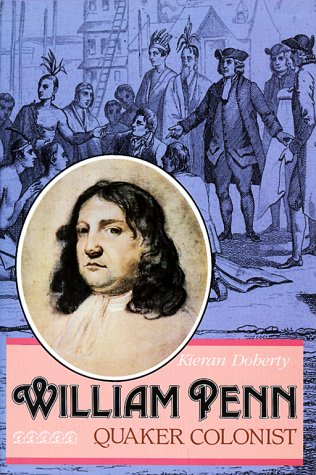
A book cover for William Penn; Kiernan Doherty; Teen & Young Adult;